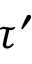
\tau ^ { \prime }